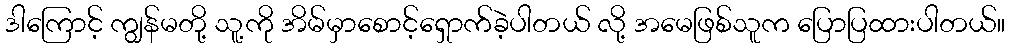
ဒါကြောင့် ကျွန်မတို့ သူ့ကို အိမ်မှာစောင့်ရှောက်ခဲ့ပါတယ် လို့ အမေဖြစ်သူက ပြောပြထားပါတယ်။